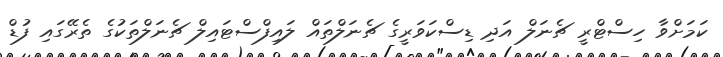
ކަމަށްވާ ހިސްޓްރީ ޗެނަލް އަދި ޑިސްކަވަރީގެ ޗެނަލްތައް ލައިފްސްޓައިލް ޗެނަލްތަކުގެ ތެރޭގައި ފުޑް